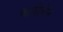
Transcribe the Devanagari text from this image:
फाहिंगेन